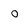
Character: 0